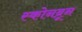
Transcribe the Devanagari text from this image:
स्कोनब्रून